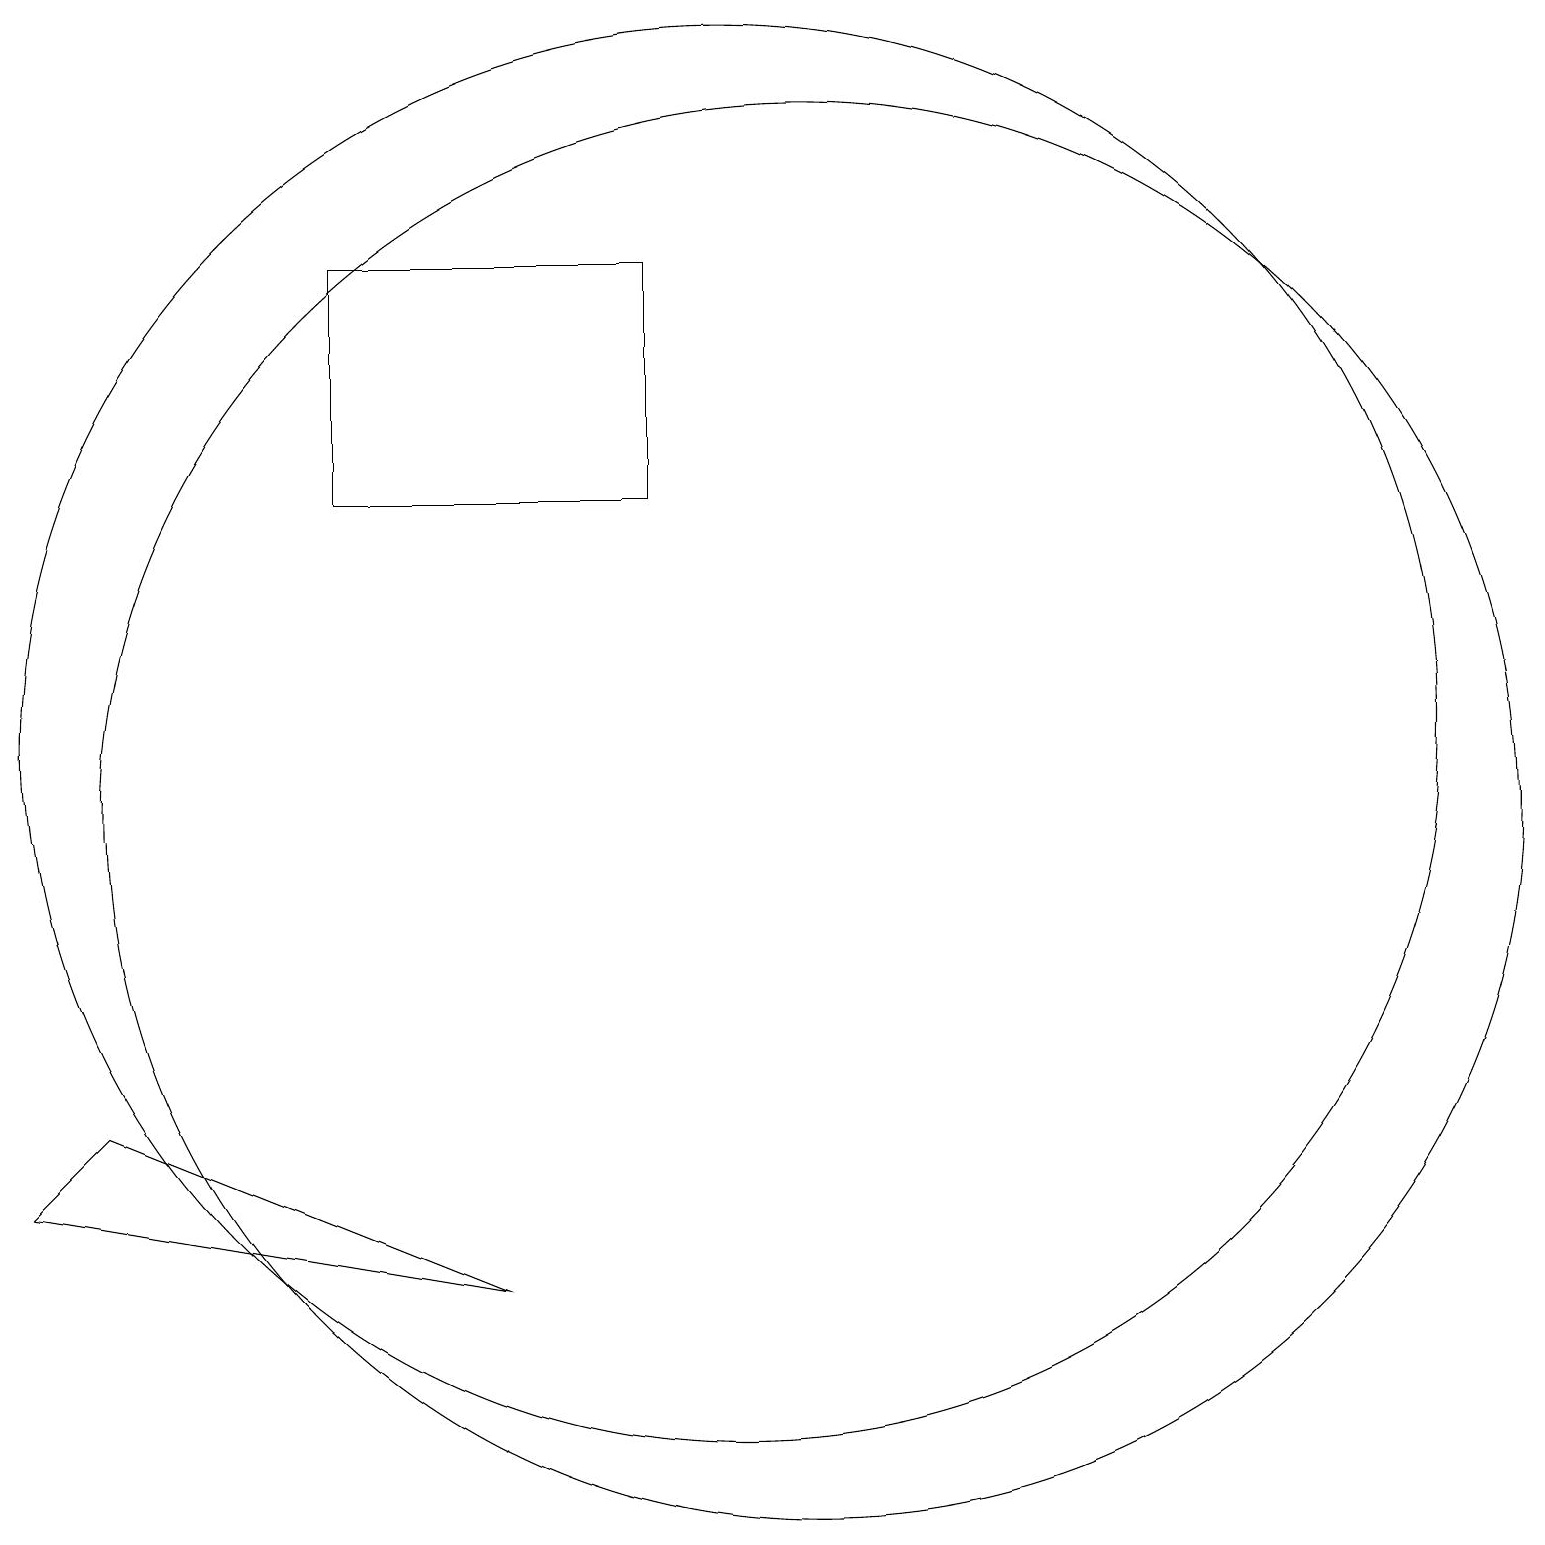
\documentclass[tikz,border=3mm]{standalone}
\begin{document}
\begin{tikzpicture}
\draw (9,18) rectangle (5,15);
\draw (11,11) circle (9);
\draw (10,12) circle (9);
\draw (7,5) -- (1,6) -- (2,7) -- cycle;
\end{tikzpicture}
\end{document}